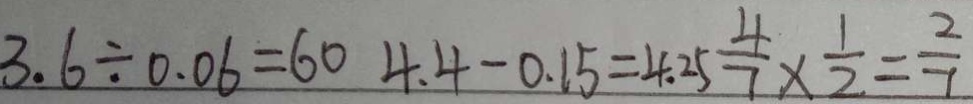
3 . 6 \div 0 . 0 6 = 6 0 4 . 4 - 0 . 1 5 = 4 . 2 5 \frac { 4 } { 7 } \times \frac { 1 } { 2 } = \frac { 2 } { 7 }